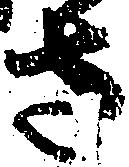
さ